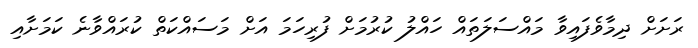
ރަށަށް ދިމާވެފައިވާ މައްސަލަތައް ހައްލު ކުރުމަށް ފުރިހަމަ އަށް މަސައްކަތް ކުރައްވާނެ ކަމަށާއި